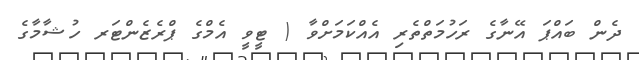
ދެން ބައްޕަ އޭނާގެ ރަހުމަތްތެރި އެއްކަމަށްވާ ( ޓީވީ އެމްގެ ޕްރެޒެންޓަރ ހުޝާމާގެ